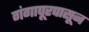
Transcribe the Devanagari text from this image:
गंगापूरपासून